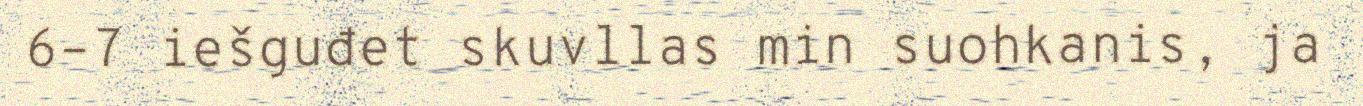
6–7 iešguđet skuvllas min suohkanis, ja